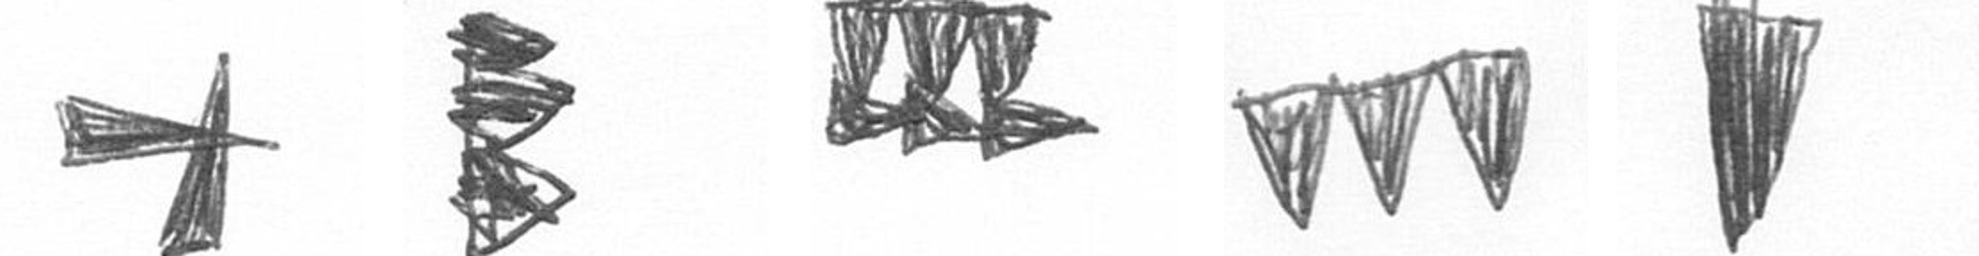
G H D L J